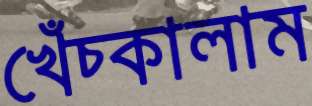
খেঁচ্‌কালাম